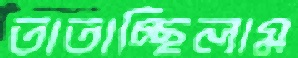
তাতাচ্ছিলাম